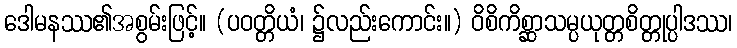
ဒေါမနဿ၏အစွမ်းဖြင့်။ (ပဝတ္တိယံ၊ ၌လည်းကောင်း။) ဝိစိကိစ္ဆာသမ္ပယုတ္တစိတ္တုပ္ပါဒဿ၊